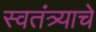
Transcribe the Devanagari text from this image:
स्वतंत्र्याचे